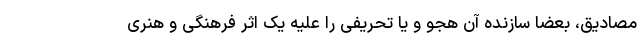
مصادیق، بعضاً سازنده آن هجو و یا تحریفی را علیه یک اثر فرهنگی و هنری